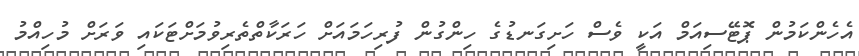
އެހެންކަމުން ޕޮޓޭސިއަމް އަކީ ވެސް ހަށިގަނޑުގެ ހިންގުން ފުރިހަމައަށް ހަރަކާތްތެރިވުމަށްޓަކައި ވަރަށް މުހިއްމު